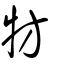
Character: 牥